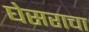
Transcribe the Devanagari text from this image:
घेसराचा